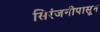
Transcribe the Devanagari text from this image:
सिरंजनीपासून